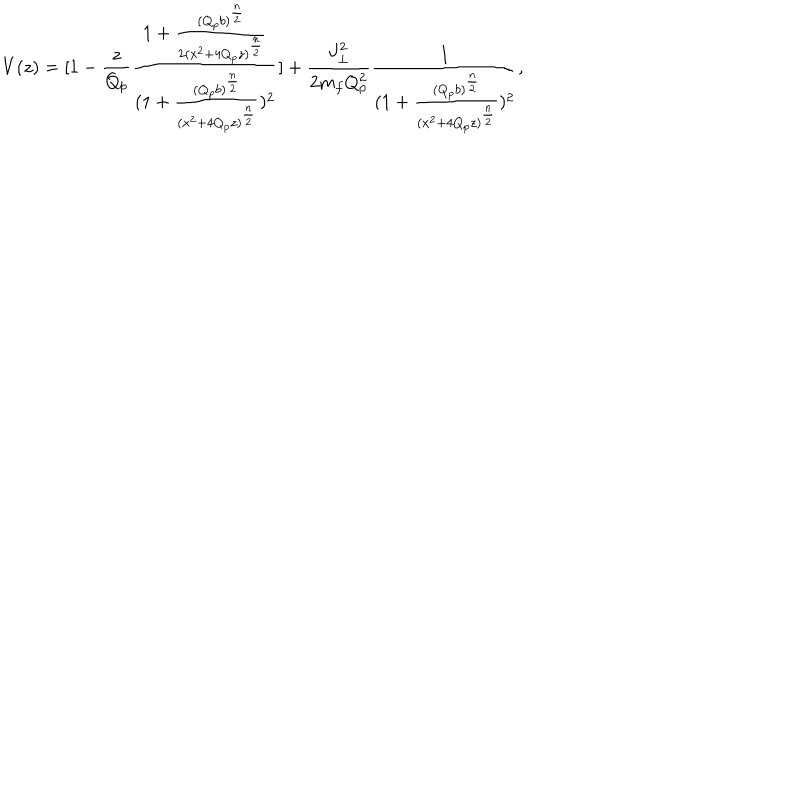
V ( z ) = [ 1 - { \frac { z } { Q _ { p } } } { \frac { 1 + { \frac { ( Q _ { p } b ) ^ { \frac { n } { 2 } } } { 2 ( x ^ { 2 } + 4 Q _ { p } z ) ^ { \frac { n } { 2 } } } } } { ( 1 + { \frac { ( Q _ { p } b ) ^ { \frac { n } { 2 } } } { ( x ^ { 2 } + 4 Q _ { p } z ) ^ { \frac { n } { 2 } } } } ) ^ { 2 } } } ] + { \frac { J _ { \perp } ^ { 2 } } { 2 m _ { f } Q _ { p } ^ { 2 } } } { \frac { 1 } { { ( 1 + { \frac { ( Q _ { p } b ) ^ { \frac { n } { 2 } } } { ( x ^ { 2 } + 4 Q _ { p } z ) ^ { \frac { n } { 2 } } } } } ) ^ { 2 } } } ,